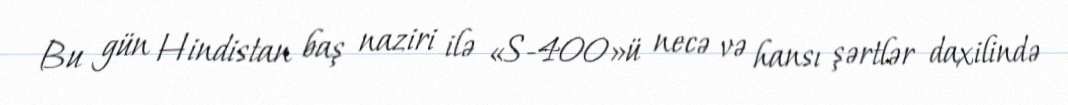
Bu gün Hindistan baş naziri ilə «S-400»ü necə və hansı şərtlər daxilində